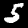
Label: 5